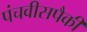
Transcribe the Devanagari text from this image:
पंचवीसपैकी